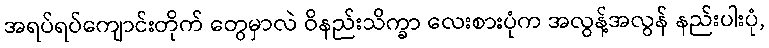
အရပ်ရပ်ကျောင်းတိုက် တွေမှာလဲ ဝိနည်းသိက္ခာ လေးစားပုံက အလွန့်အလွန် နည်းပါးပုံ,